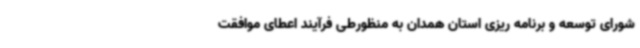
شورای توسعه و برنامه ریزی استان همدان به منظورطی فرآیند اعطای موافقت